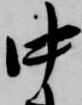
中